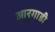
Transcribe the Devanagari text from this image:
आरगाडी